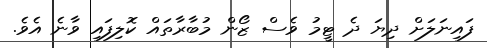
ފައިނަލަށް ދިޔަ ދެ ޓީމު ވެސް ޒޯން މުބާރާތައް ކޮލިފައި ވާނެ އެވެ.